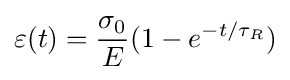
\varepsilon (t)={\frac {\sigma _{0}}{E}}(1-e^{-t/\tau _{R}})